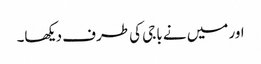
اور میں نے باجی کی طرف دیکھا۔